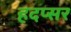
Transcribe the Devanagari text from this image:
हदप्सर